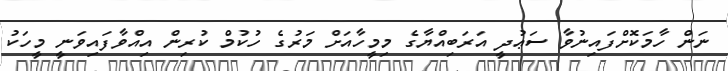
ނަން ހާމަކޮށްފައިނުވާ ސަޢުދީ އަރަބިއްޔާގެ މިމީހާއަށް މަރުގެ ހުކުމް ކުރިން އިއްވާފައިވަނީ މީހަކު